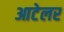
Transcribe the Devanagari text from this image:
आटेलर